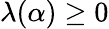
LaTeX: \lambda(\alpha)\geq 0